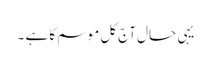
یہی حال آج کل موسم کا ہے ۔